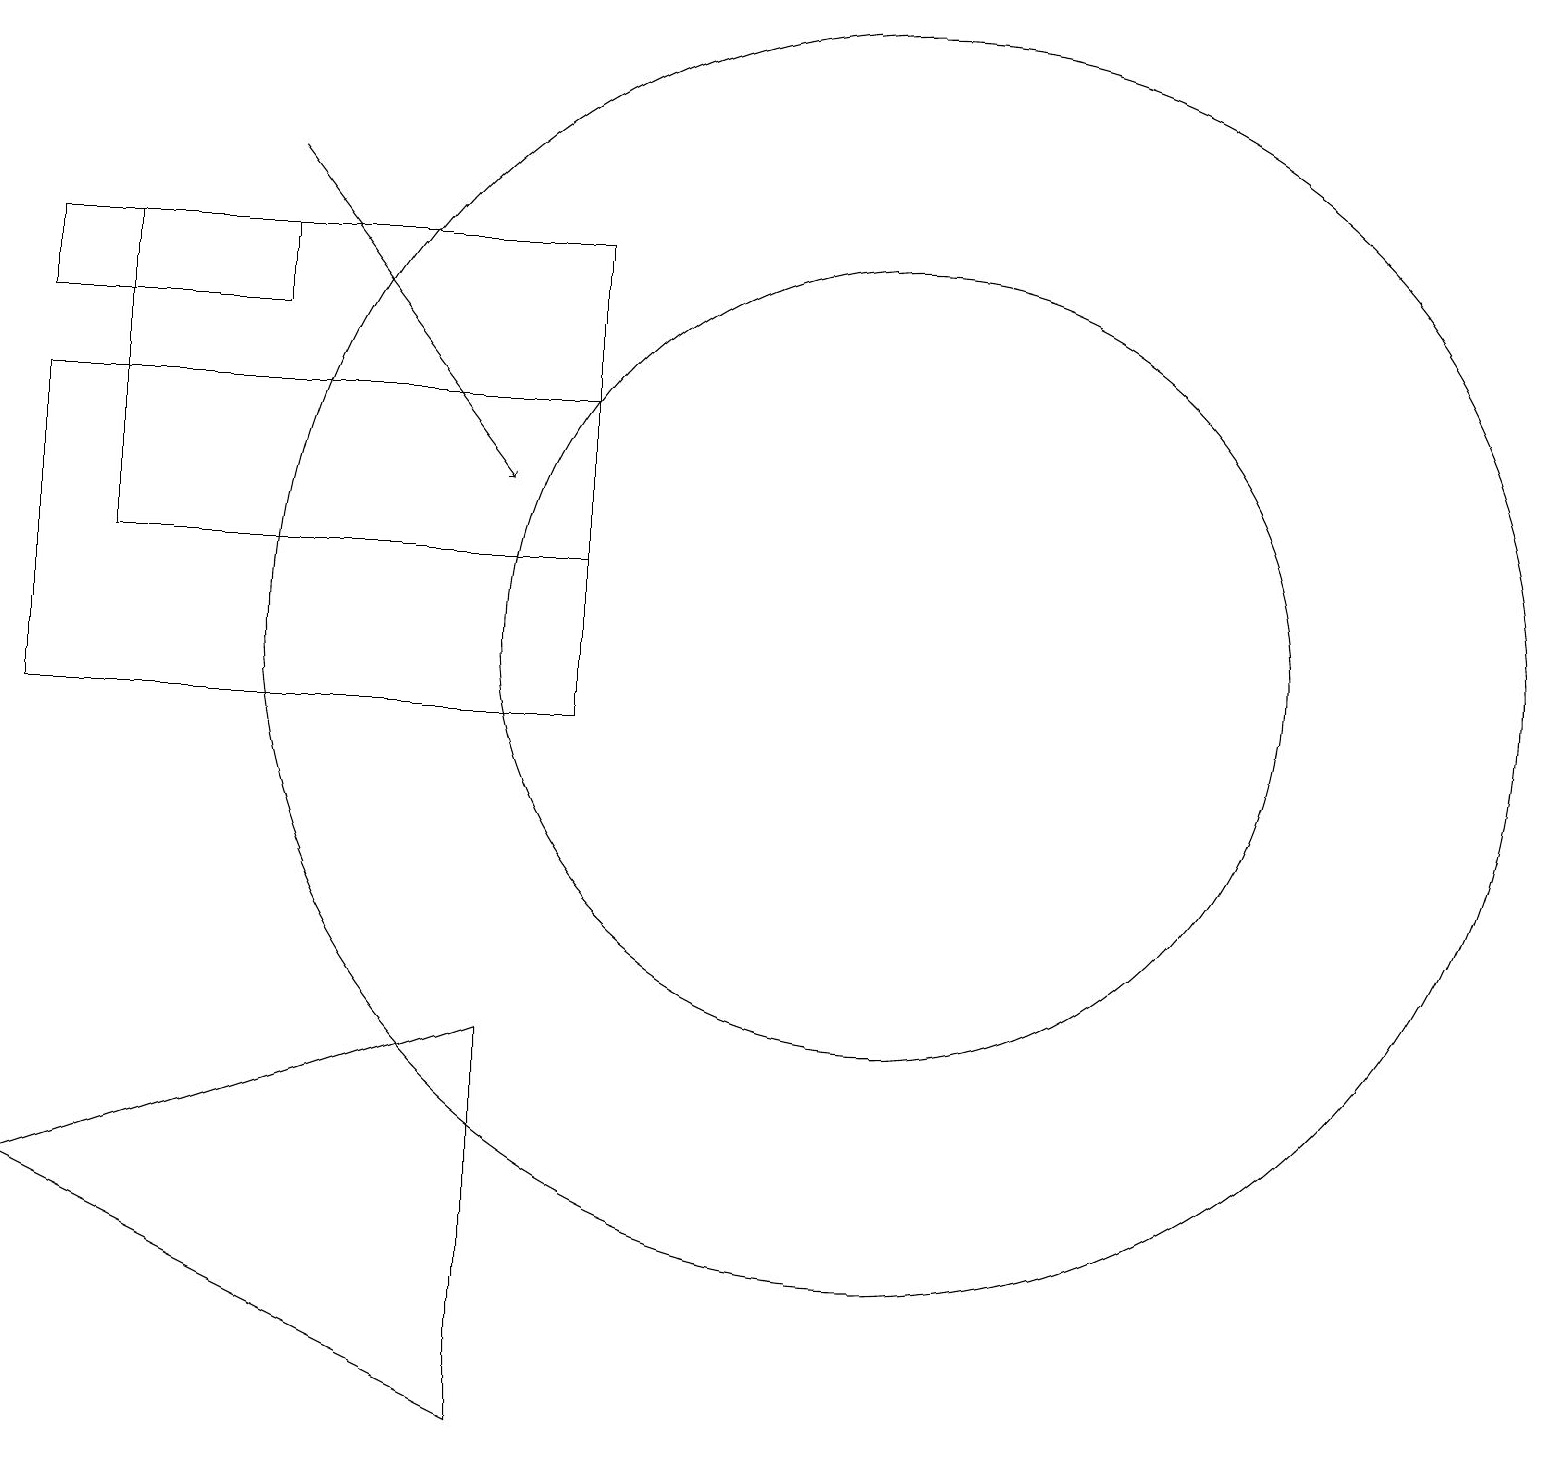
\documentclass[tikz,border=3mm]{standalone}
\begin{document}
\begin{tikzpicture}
\draw (3,15) rectangle (0,16);
\draw (7,16) rectangle (1,12);
\draw (6,6) -- (0,4) -- (6,1) -- cycle;
\draw[->] (3,17) -- (6,13);
\draw (11,11) circle (5);
\draw (7,14) rectangle (0,10);
\draw (11,11) circle (8);
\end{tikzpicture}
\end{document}